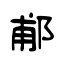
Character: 郙